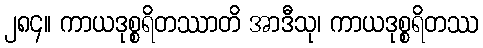
၂၈၄။ ကာယဒုစ္စရိတဿာတိ အာဒီသု၊ ကာယဒုစ္စရိတဿ